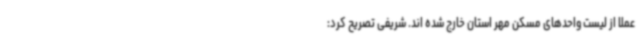
عملا از لیست واحدهای مسکن مهر استان خارج شده اند. شریفی تصریح کرد: